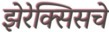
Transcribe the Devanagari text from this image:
झेरेक्सिसचे